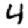
Digit: 4